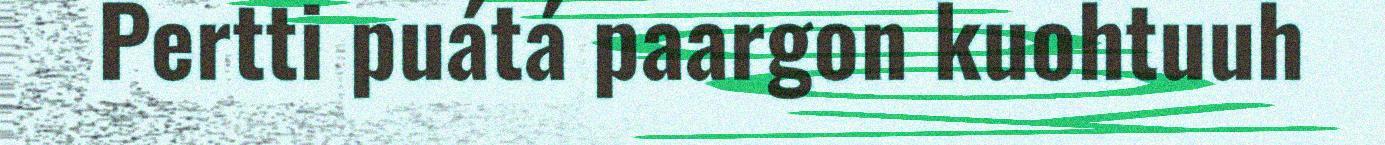
Pertti puátá paargon kuohtuuh